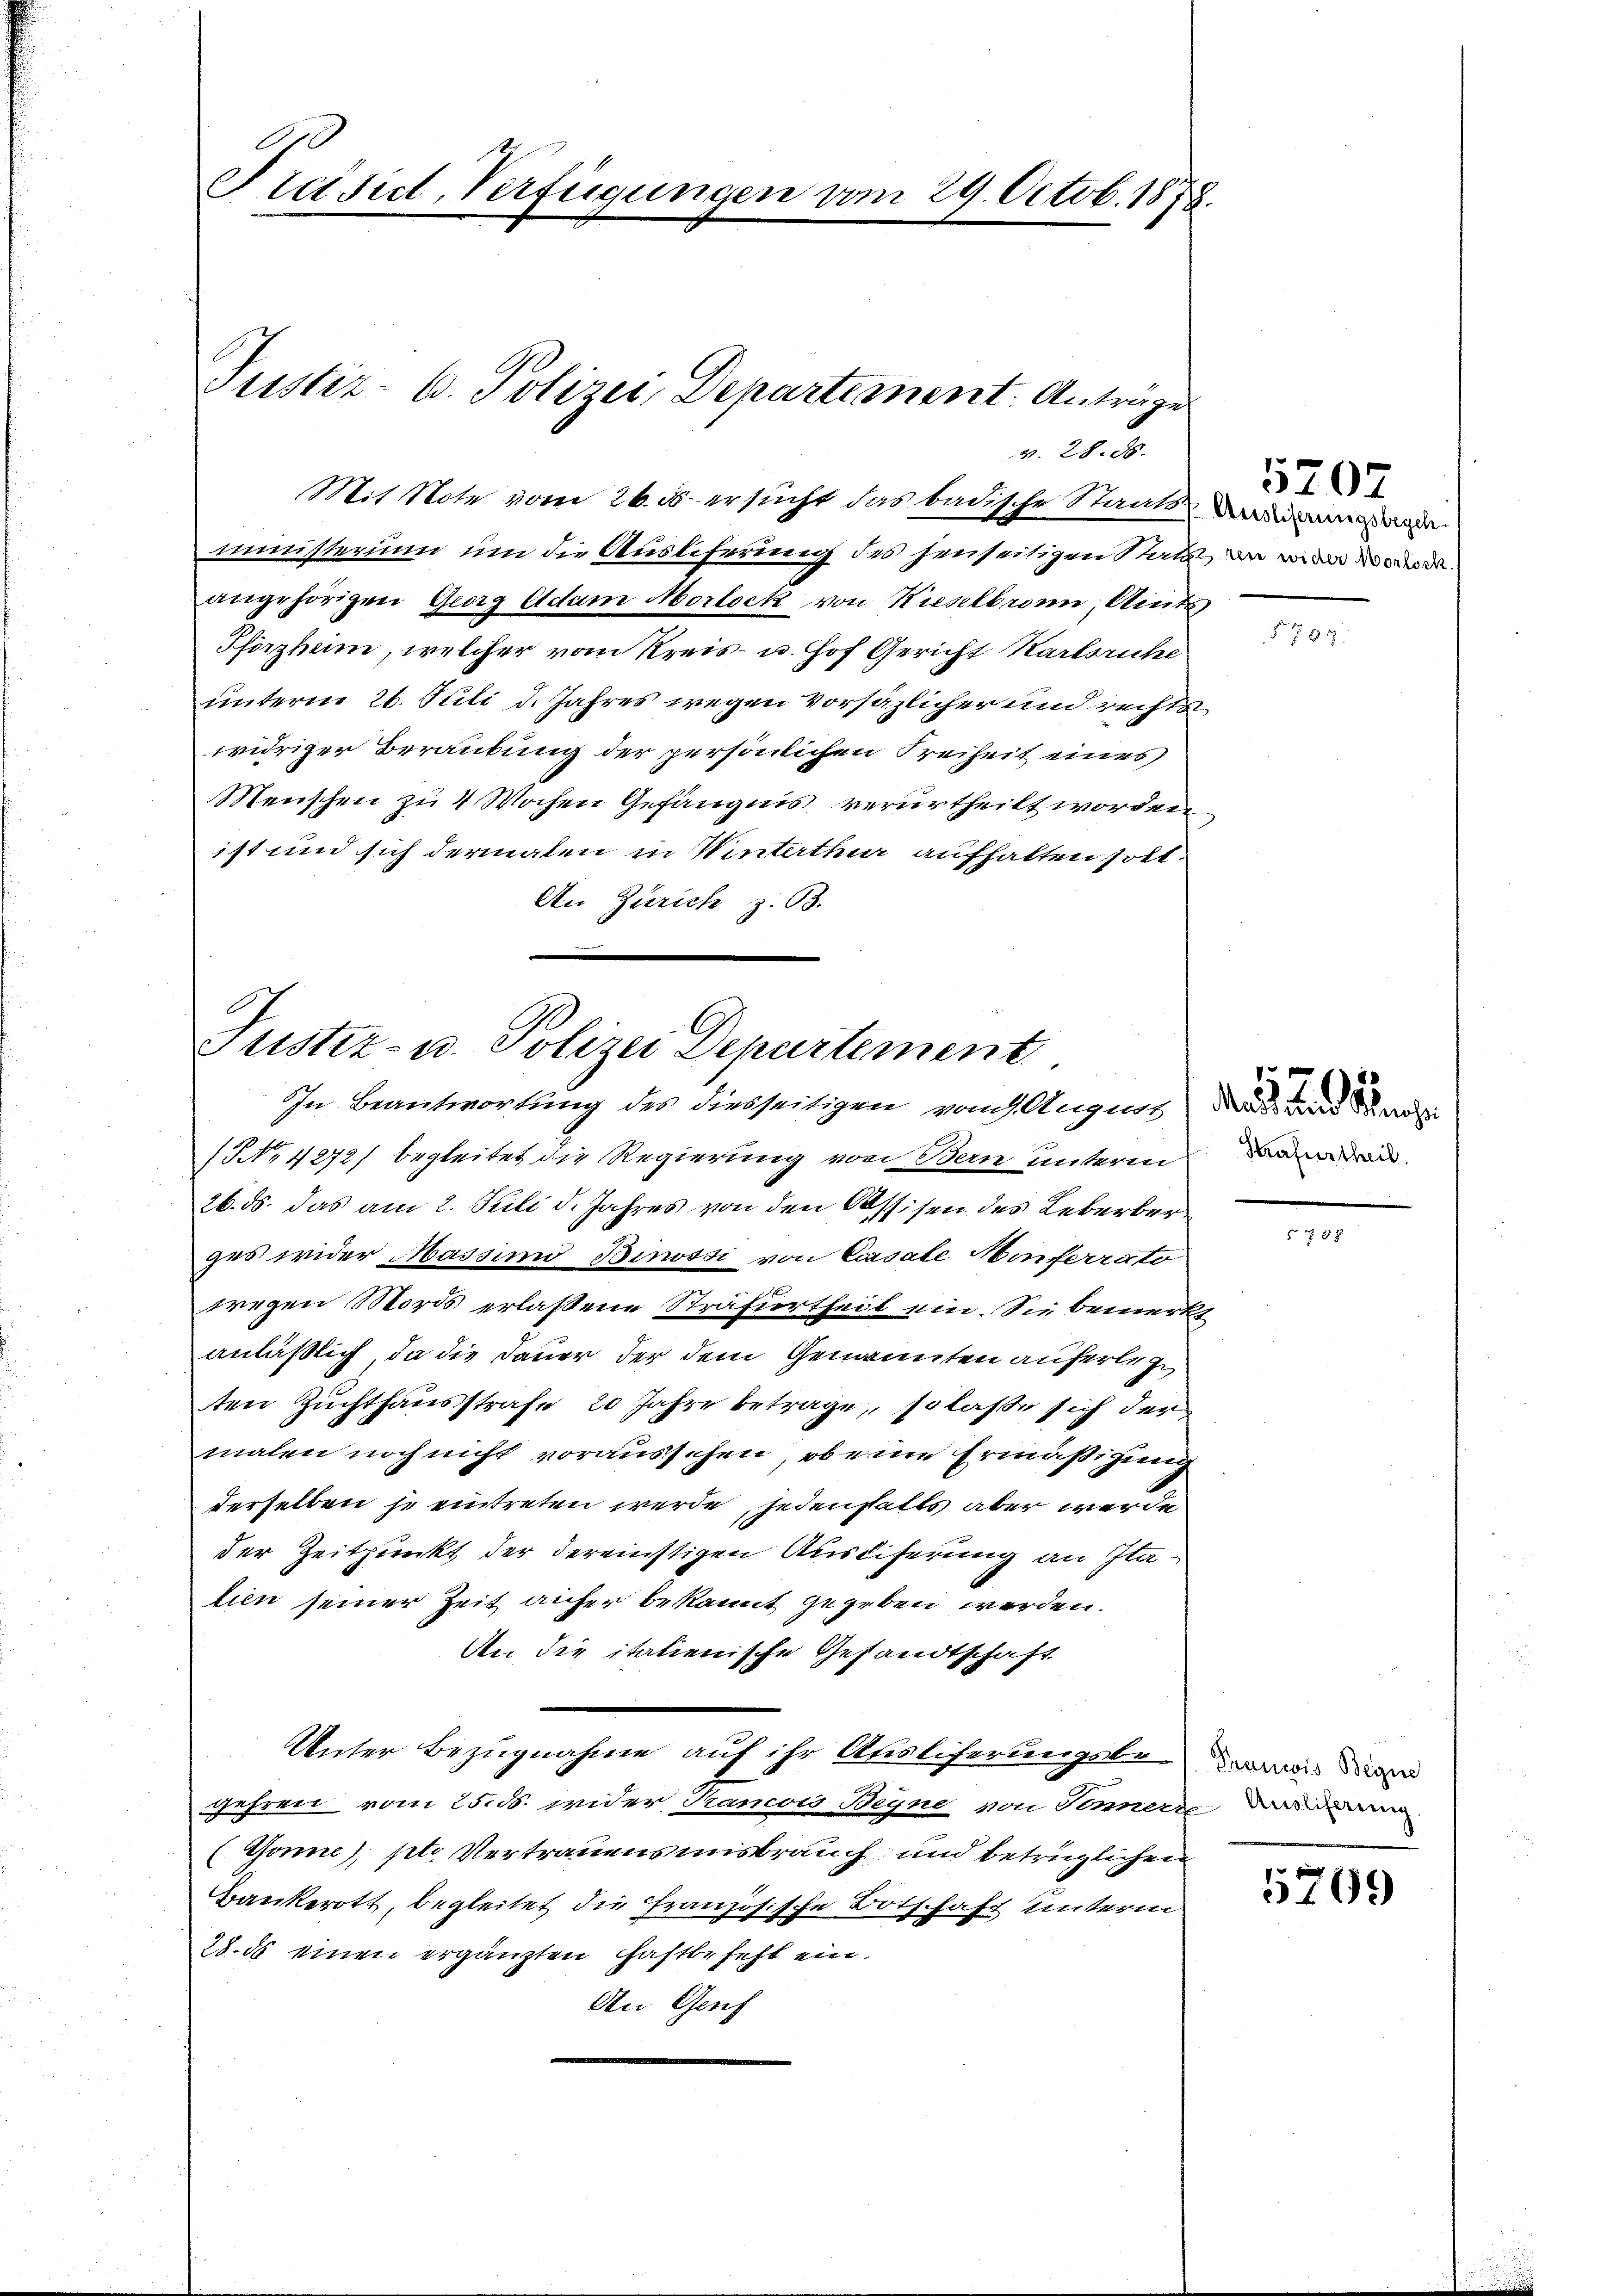
Präsidt, Verfügungen vom 29. Octob. 1878.

Justiz- u. Polizei, Departement. Anträge
v. 28. 28.
Mit Note vom 26. ds. ersucht das badische Staats- und war

ministerium um die Auslieferung des Einseitigen als dr Med
angehörigen Georg Adam Morlock von Kieselbronn, Amts
Pforzheim, welcher vom Kreis- u. Hof Gericht Karlsruhe
unterm 26. Juli d. Jahres wegen Vorsäzlicher und rechts
widriger Beraubung der persönlichen Freiheit eines
Menschen zu 4 Wochen Gefängnis verurtheilt worden,
ist und sich dermalen in Winterthur aufhalten soll.
An Zürich z. 93.
u

Justiz- u. Polizei Departement
In Beantwortung des diesseitigen vom 1. Augens dass die

No. 4272) begleitet die Regierung von Bern unterm
26. ds. das am 2. Sili d. Jahres von den Ossisen des Leberber
ges wider Massind Binossi von Cassale Anferrato
wegen Mords erlassene Sträfurtheit ein. Sie bemerk
anläßlich, da die Dauer der dem Genannten auferleg
ten Zuchthausstrafe 20 Jahre betrage, so laße sich der
malen noch nicht voraussehen, ob ein Ermäßigung
derselben je eintreten werde, jedenfalls aber werde
der Zeitpunkt der dereinstigen Ausliferung an Italien seiner Zeit anfer bekannt gegeben werden.
An die italienische Gesandtschaft
Unter Bezugnahme auf ihr Auslicherungsbeam da
gehren vom 25. ds. wider Sancow Weyne von Sennern dann
(Gönne), pto Vertrauensmisbrauch und betrüglichen
Bankerott, begleitet die Französische Botschaft unterm
28. ds einen ergänzten hastbefehl ein.
An Genf

§ 799.

5 x 33

5707

Strafurtheil.

5709